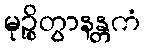
မုဉ္စိတွာနန္တကံ